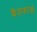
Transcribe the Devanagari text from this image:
बैठकांचे